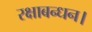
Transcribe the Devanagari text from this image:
रक्षाबन्धन।